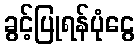
ခွင့်ပြုရန်ပုံငွေ